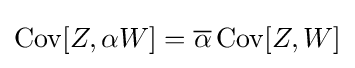
\operatorname {Cov} [Z,\alpha W]={\overline {\alpha }}\operatorname {Cov} [Z,W]